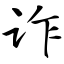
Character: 诈